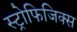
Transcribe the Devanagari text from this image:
स्ट्रोफिजिक्स